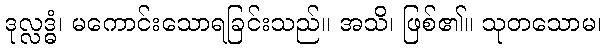
ဒုလ္လဒ္ဓံ၊ မကောင်းသောရခြင်းသည်။ အသိ၊ ဖြစ်၏။ သုတသောမ၊